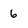
Character: 6